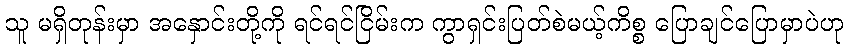
သူ မရှိတုန်းမှာ အနှောင်းတို့ကို ရင်ရင်ငြိမ်းက ကွာရှင်းပြတ်စဲမယ့်ကိစ္စ ပြောချင်ပြောမှာပဲဟု